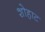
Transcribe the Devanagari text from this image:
शोहाट